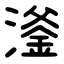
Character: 㵚